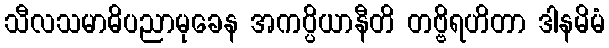
သီလသမာဓိပညာမုခေန အကပ္ပိယာနီတိ တဗ္ဗိရဟိတာ ဒါနမိမံ